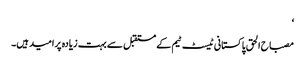
‘
مصباح الحق پاکستانی ٹیسٹ ٹیم کے مستقبل سے بہت زیادہ پرامید ہیں۔